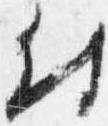
付